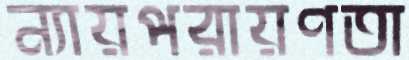
ন্যায়পরায়ণতা